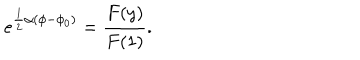
{ e ^ { \frac { 1 } { 2 } \alpha ( \phi - \phi _ { 0 } ) } = \frac { F ( y ) } { F ( 1 ) } . }